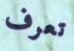
تعرف